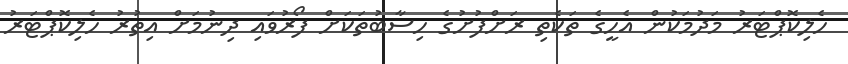
ހެލިކޮޕްޓަރު މަދުމަކުން އެހީގެ ތަކެތި ރަށްފުށުގެ ހިސާބުތަކަށް ފޯރުވައި ދިނުމަށް އިތުރު ހެލިކޮޕްޓަރު